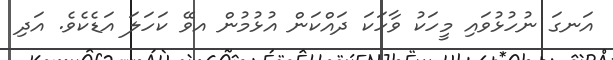
އަނގަ ނުހުޅުވައި މީހަކު ވާހަކަ ދައްކަން އުޅުމުން އވޭ ކަހަލަ އަޑެކެވެ. އަދި